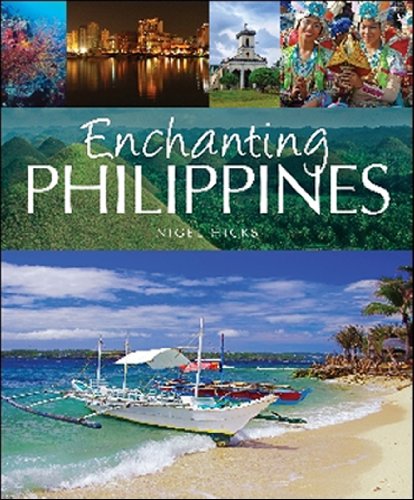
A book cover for Enchanting Philippines (Enchanting Asia); Nigel Hicks; Travel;